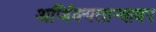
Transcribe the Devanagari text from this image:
अजिंक्यतार्‍यावर